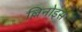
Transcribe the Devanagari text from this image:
ल्लिनोइस